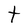
Character: t